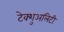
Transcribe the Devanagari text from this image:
टेक्शुअलिटी